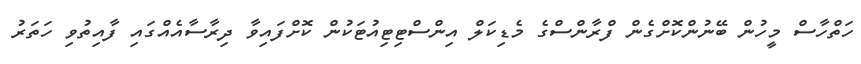
ހަތްހާސް މީހުން ބޭނުންކޮށްގެން ފްރާންސްގެ މެޑިކަލް އިންސްޓިޓިއުޓަކުން ކޮށްފައިވާ ދިރާސާއެއްގައި ފާއިތުވި ހަތަރު